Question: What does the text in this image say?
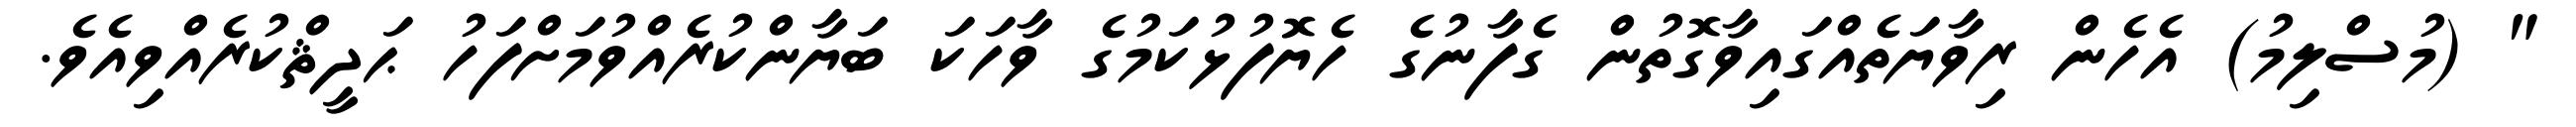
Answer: " (މުސްލިމު) އެހެން ރިވާޔަތެއްގައިވާގޮތުން ގެފާނުގެ ހެޔޮފުޅުކަމުގެ ވާހަކަ ބަޔާންކުރެއްވުމަށްފަހު ޙަދީޘްކުރެއްވިއެވެ.